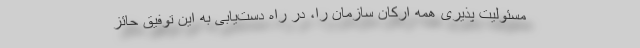
مسئولیت پذیری همه ارکان سازمان را، در راه دست‌یابی به این توفیق حائز